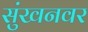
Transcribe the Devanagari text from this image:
सुंखनवर